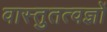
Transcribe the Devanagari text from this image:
वास्तुतत्वज्ञों